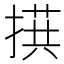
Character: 𪮙